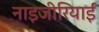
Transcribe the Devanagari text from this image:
नाइजीरियाईं